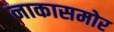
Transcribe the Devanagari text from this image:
नाकासमोर